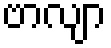
ဗာလျာ